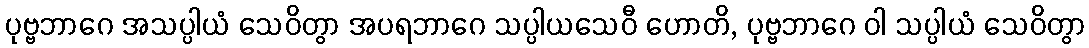
ပုဗ္ဗဘာဂေ အသပ္ပါယံ သေဝိတွာ အပရဘာဂေ သပ္ပါယသေဝီ ဟောတိ, ပုဗ္ဗဘာဂေ ဝါ သပ္ပါယံ သေဝိတွာ